65_HS1-834228961_62-HQ-83894_Section_10
Agency: FBI
Page 80
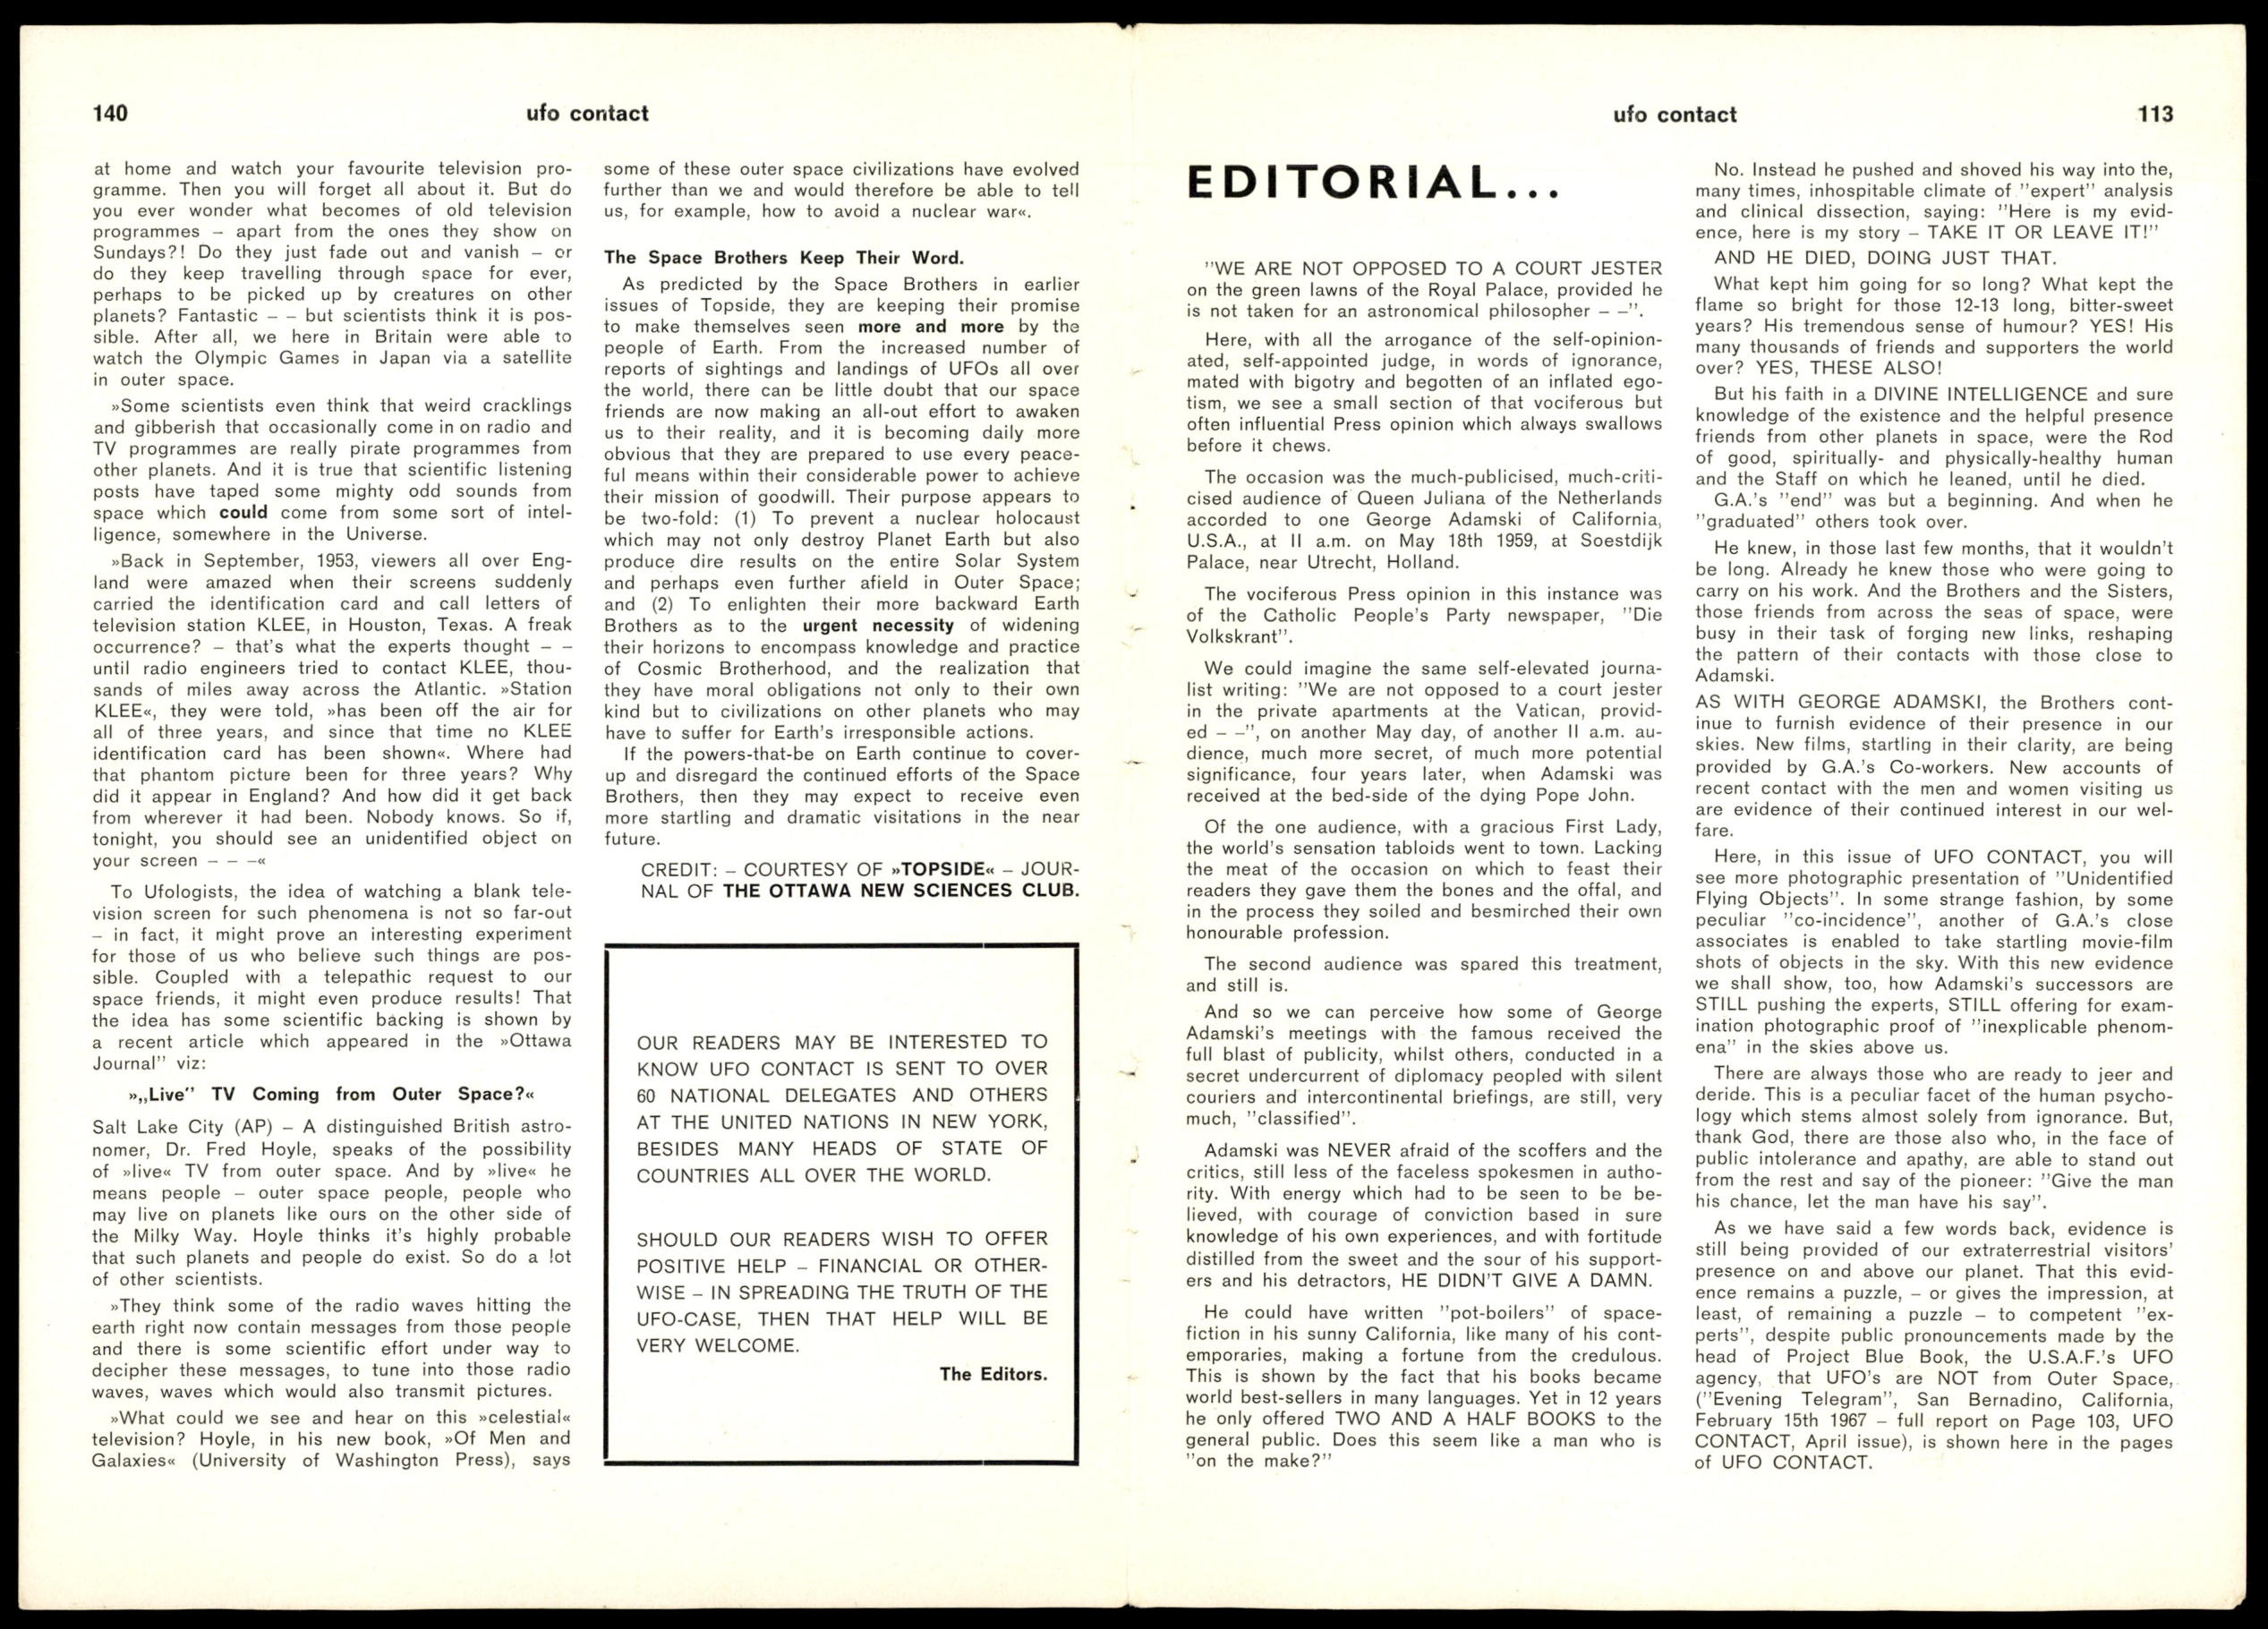